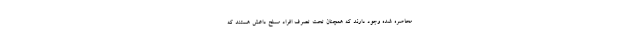
محاصره شده وجود دارند که همچنان تحت تصرف افراد مسلح داعش هستند که